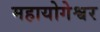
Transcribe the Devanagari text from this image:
महायोगेश्वर